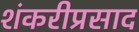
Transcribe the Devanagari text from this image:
शंकरीप्रसाद